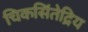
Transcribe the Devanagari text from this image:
चिकसिंतेद्रिय